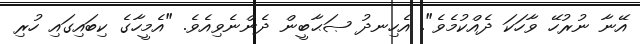
އޭނާ ނުރުހޭ ވާހަކަ ދެއްކުމެވެ". އެހިނދު ޞަޙާބީން ދެންނެވިއެވެ. "އެމީހާގެ ކިބައިގައި ހުރި